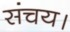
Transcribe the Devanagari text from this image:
संचय।